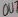
Text: OUT